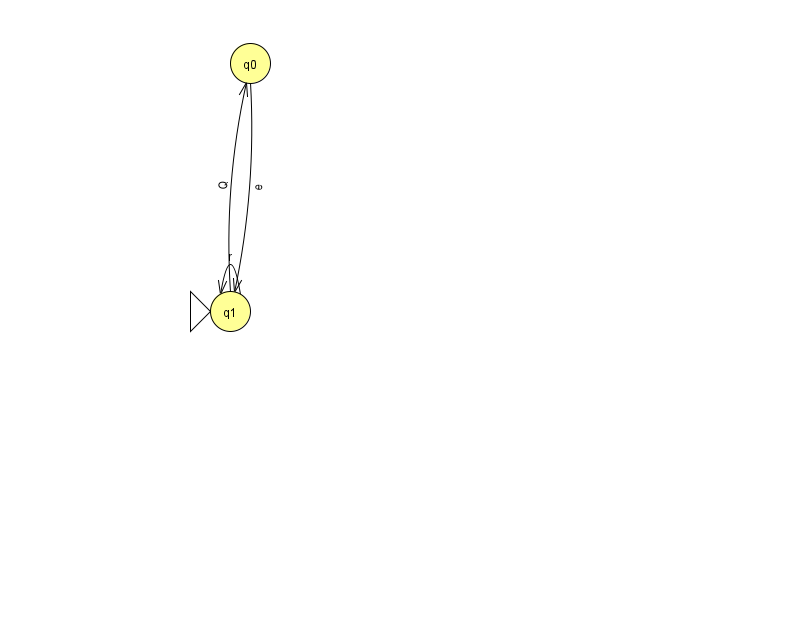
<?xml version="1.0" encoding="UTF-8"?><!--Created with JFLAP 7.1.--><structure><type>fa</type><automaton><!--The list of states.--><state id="0" name="q0"><x>250.0</x><y>50.0</y></state><state id="1" name="q1"><x>230.0</x><y>298.0</y><initial/></state><!--The list of transitions.--><transition><from>1</from><to>1</to><read>r</read></transition><transition><from>1</from><to>0</to><read>Q</read></transition><transition><from>0</from><to>1</to><read>e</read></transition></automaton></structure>